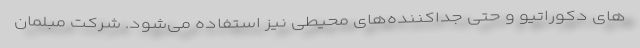
های دکوراتیو و حتی جداکننده‌های محیطی نیز استفاده می‌شود. شرکت مبلمان